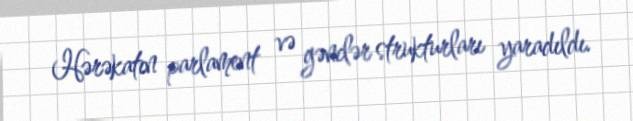
Hərəkatın parlament və gənclər strukturları yaradıldı.